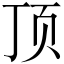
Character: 顶